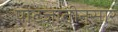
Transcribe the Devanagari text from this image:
पोटजातीनुसार